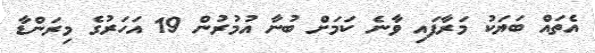
އެތައް ބަޔަކު މަރާފައި ވާނެ ކަމަށް ބުނާ އުމުރުން 19 އަހަރުގެ މިރަންޑާ